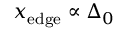
x _ { \mathrm { { e d g e } } } \propto \Delta _ { 0 }